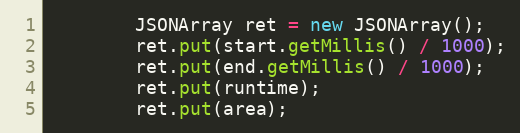
Language: Java
        JSONArray ret = new JSONArray();
        ret.put(start.getMillis() / 1000);
        ret.put(end.getMillis() / 1000);
        ret.put(runtime);
        ret.put(area);